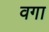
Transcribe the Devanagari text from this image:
वगा